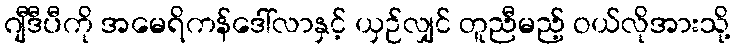
ဂျီဒီပီကို အမေရိကန်ဒေါ်လာနှင့် ယှဉ်လျှင် တူညီမည့် ဝယ်လိုအားသို့